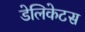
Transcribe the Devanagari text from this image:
डेलिकेटस